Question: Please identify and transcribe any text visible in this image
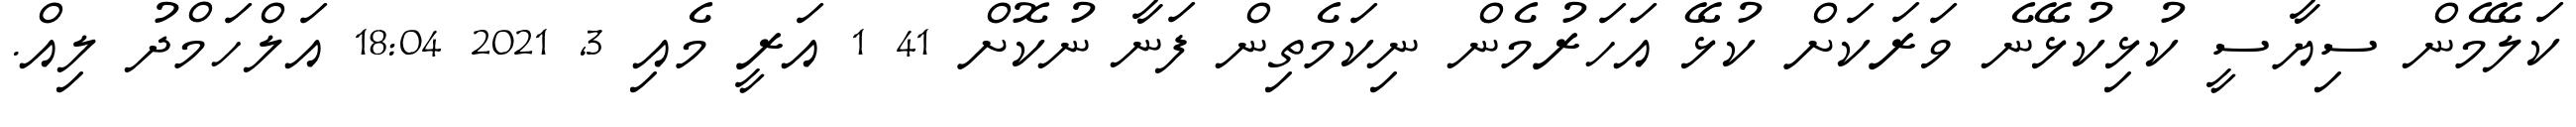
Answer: ކަލޭމެން ސިޔާސީ ކުޅިކުޅޭނެ ވަރަކަށް ކުޅޭ އަހަރުމެން ނިކަމެތިން ފަނާ ނުކޮށް 41 1 އަރީ މެއި 3, 2021 18:04 އަލްހަމްދު ލިއް.